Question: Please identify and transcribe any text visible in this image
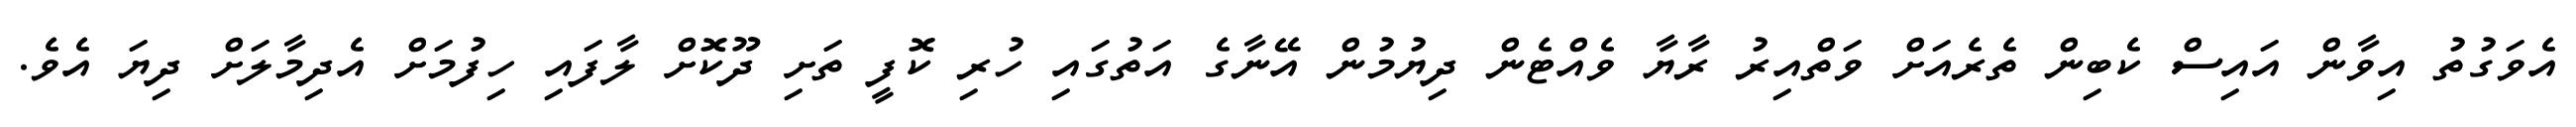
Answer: އެވަގުތު އިވާން އައިސް ކެބިން ތެރެއަށް ވަތްއިރު ރާޔާ ވެއްޓެން ދިޔުމުން އޭނާގެ އަތުގައި ހުރި ކޮފީ ތަށި ދޫކޮށް ލާފައި ހިފުމަށް އެދިމާލަށް ދިޔަ އެވެ.